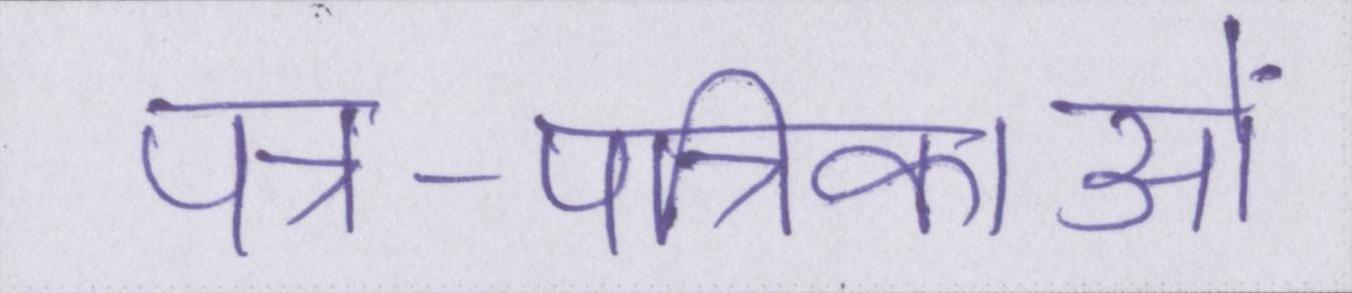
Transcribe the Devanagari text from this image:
पत्र-पत्रिकाओं